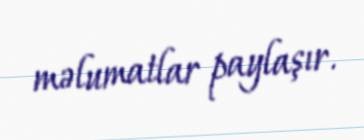
məlumatlar paylaşır.